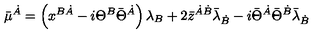
\bar { \mu } ^ { \dot { A } } = \left( x ^ { B \dot { A } } - i \Theta ^ { B } \bar { \Theta } ^ { \dot { A } } \right) \lambda _ { B } + 2 \bar { z } ^ { \dot { A } \dot { B } } \bar { \lambda } _ { \dot { B } } - i \bar { \Theta } ^ { \dot { A } } \bar { \Theta } ^ { \dot { B } } \bar { \lambda } _ { \dot { B } }